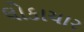
લોકાચાર